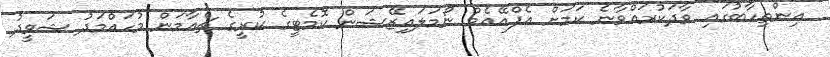
އިންތިހާބުގައި ވާދަކުރައްވާނެ ކަމަށް އެފްއޭއެމް ނޯމަލައިޒޭޝަން ކޮމެޓީގެ ކުރީގެ ޗެއާމަން މުހައްމަދު ޝަވީދު